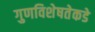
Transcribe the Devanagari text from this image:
गुणविशेषतेकडे